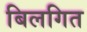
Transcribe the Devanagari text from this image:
बिलगित